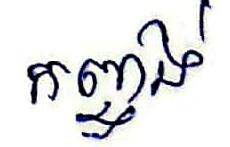
កញ្ចង់